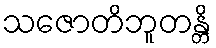
သဇောတိဘူတန္တိ